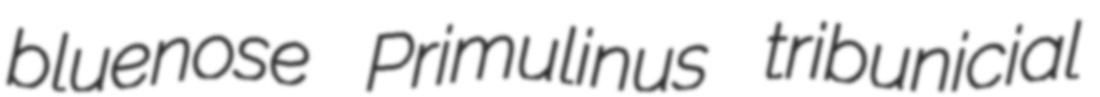
bluenose Primulinus tribunicial